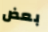
بعض